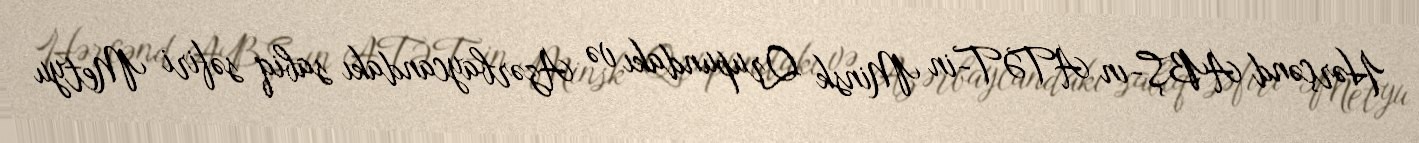
Hərçənd ABŞ-ın ATƏT-in Minsk Qrupundakı və Azərbaycandakı sabiq səfiri Metyu